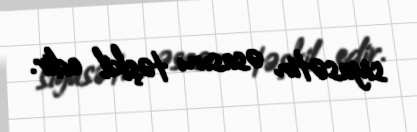
siyasətin əsasını təşkil edir.